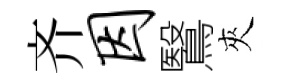
齐因鷖夾